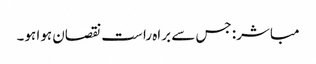
مباشر: جس سے براہ راست نقصان ہوا ہو۔